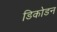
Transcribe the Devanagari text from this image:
डिकोडन